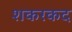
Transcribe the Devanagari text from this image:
शकरकद